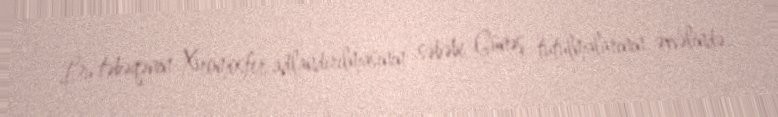
Bu təbəqənin Xromosfer adlandırılmasının səbəbi Günəş tutulmalarının əvvəlində